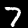
Label: 7